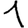
Digit: 1